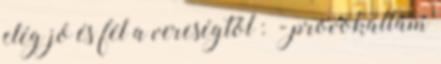
elég jó és fél a vereségtől : - provokáltam